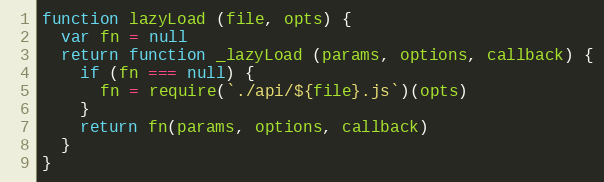
Language: JavaScript
function lazyLoad (file, opts) {
  var fn = null
  return function _lazyLoad (params, options, callback) {
    if (fn === null) {
      fn = require(`./api/${file}.js`)(opts)
    }
    return fn(params, options, callback)
  }
}